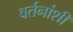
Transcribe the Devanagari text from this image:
वर्तनांशी